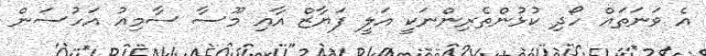
އެ ވަނަތައް ހޯދި ކުޅުންތެރިންނަކީ އަލީ ފަޔާޒް އާއި މޫސާ ސާމިއު އަހުސަން